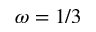
\omega = 1 / 3